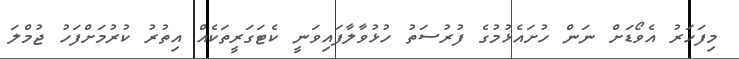
މިފަހަރު އެވޯޑަށް ނަން ހުށައެޅުމުގެ ފުރުސަތު ހުޅުވާލާފައިވަނީ ކެޓަގަރީތަކެއް އިތުރު ކުރުމަށްފަހު ޖުމްލަ